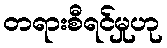
တရားစီရင်မှုဟု